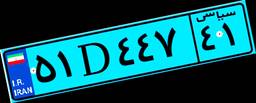
۵۱D۴۴۷۴۱